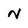
Character: N